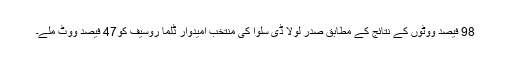
98 فیصد ووٹوں کے نتائج کے مطابق صدر لولا ڈی سلوا کی منتخب امیدوار ڈِلما روسیف کو47 فیصد ووٹ ملے۔